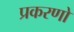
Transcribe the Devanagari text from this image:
प्रकरणो